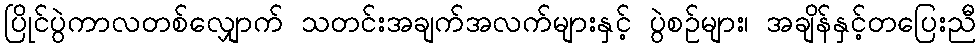
ပြိုင်ပွဲကာလတစ်လျှောက် သတင်းအချက်အလက်များနှင့် ပွဲစဉ်များ၊ အချိန်နှင့်တပြေးညီ